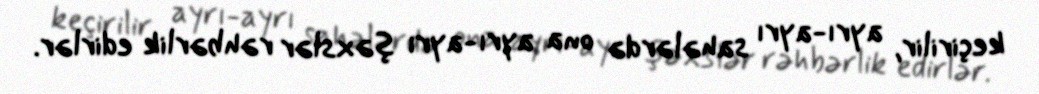
keçirilir, ayrı-ayrı sahələrdə ona ayrı-ayrı şəxslər rəhbərlik edirlər.